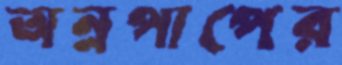
অন্নপাপের